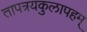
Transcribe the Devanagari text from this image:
तापत्रयकुलापहम्